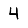
Digit: 4